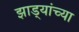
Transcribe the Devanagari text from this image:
झाड्यांच्या